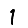
Digit: 1